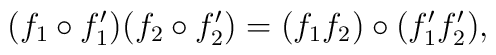
(f_1 \circ f_1')(f_2 \circ f_2') =  (f_1 f_2) \circ (f_1' f_2') ,